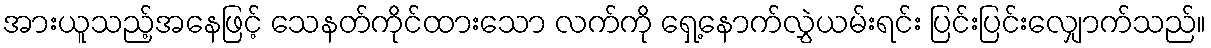
အားယူသည့်အနေဖြင့် သေနတ်ကိုင်ထားသော လက်ကို ရှေ့နောက်လွှဲယမ်းရင်း ပြင်းပြင်းလျှောက်သည်။